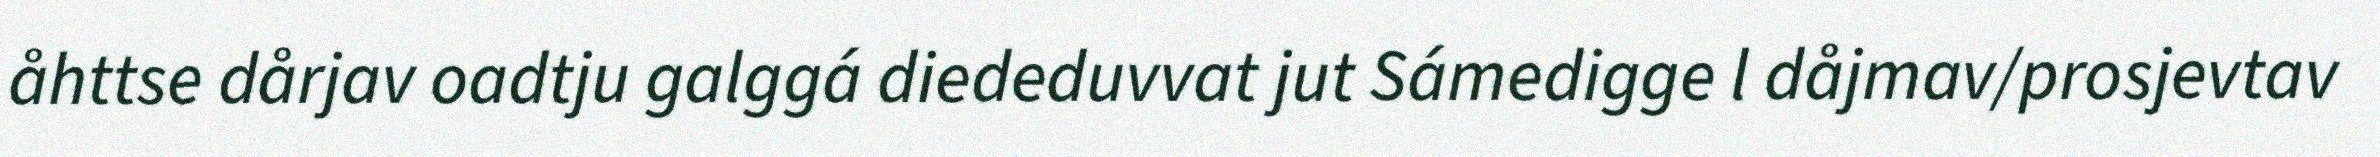
åhttse dårjav oadtju galggá diededuvvat jut Sámedigge l dåjmav/prosjevtav